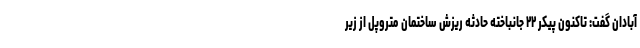
آبادان گفت: تاکنون پیکر ۲۲ جانباخته حادثه ریزش ساختمان متروپل از زیر